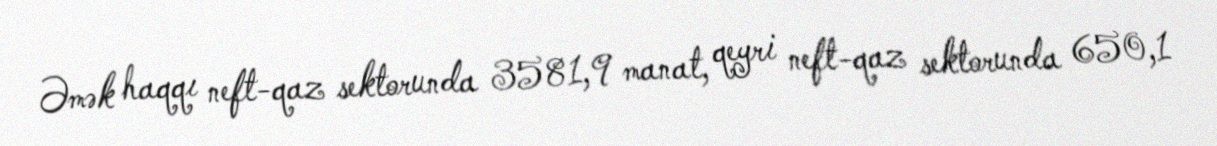
Əmək haqqı neft-qaz sektorunda 3581,9 manat, qeyri neft-qaz sektorunda 650,1